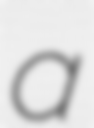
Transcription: a